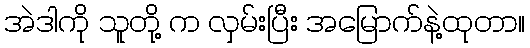
အဲဒါကို သူတို့ က လှမ်းပြီး အမြောက်နဲ့ထုတာ။